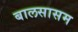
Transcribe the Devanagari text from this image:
बालसासम